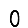
Digit: 0